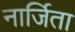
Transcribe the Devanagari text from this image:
नार्जिता